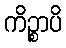
ကိဉ္စာပိ